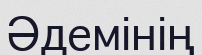
Әдемінің